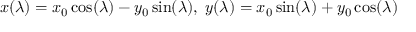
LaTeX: x ( \lambda ) = x _ { 0 } \cos ( \lambda ) - y _ { 0 } \sin ( \lambda ) , \; y ( \lambda ) = x _ { 0 } \sin ( \lambda ) + y _ { 0 } \cos ( \lambda )